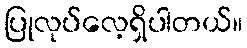
ပြုလုပ်လေ့ရှိပါတယ်။